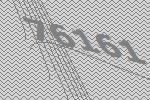
76161